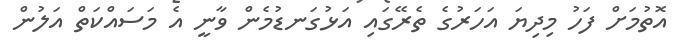
އޮތުމަށް ފަހު މިދިޔަ އަހަރުގެ ތެރޭގައި އަޅުގަނޑުމެން ވާނީ އެ މަސައްކަތް އަލުން